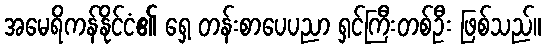
အမေရိကန်နိုင်ငံ၏ ရှေ့ တန်းစာပေပညာ ရှင်ကြီးတစ်ဦး ဖြစ်သည်။